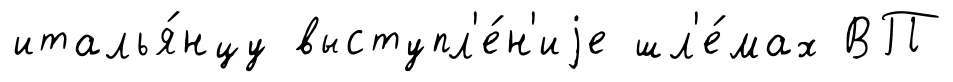
италья́нцу выступл'е́н'иjе шл'е́мах ВП